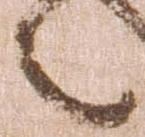
々